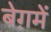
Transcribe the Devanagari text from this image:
बेग़में